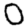
Digit: 0